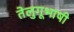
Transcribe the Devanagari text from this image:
तेलुगूभाषी